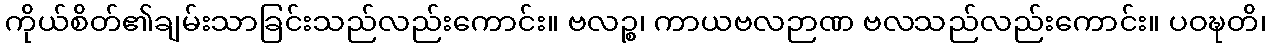
ကိုယ်စိတ်၏ချမ်းသာခြင်းသည်လည်းကောင်း။ ဗလဉ္စ၊ ကာယဗလဉာဏ ဗလသည်လည်းကောင်း။ ပဝဍ္ဎတိ၊